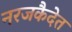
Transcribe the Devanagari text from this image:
नरजकैदेत